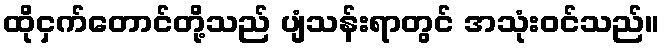
ထိုငှက်တောင်တို့သည် ပျံသန်းရာတွင် အသုံးဝင်သည်။